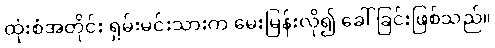
ထုံးစံအတိုင်း ရှမ်းမင်းသားက မေးမြန်းလို၍ ခေါ်ခြင်းဖြစ်သည်။